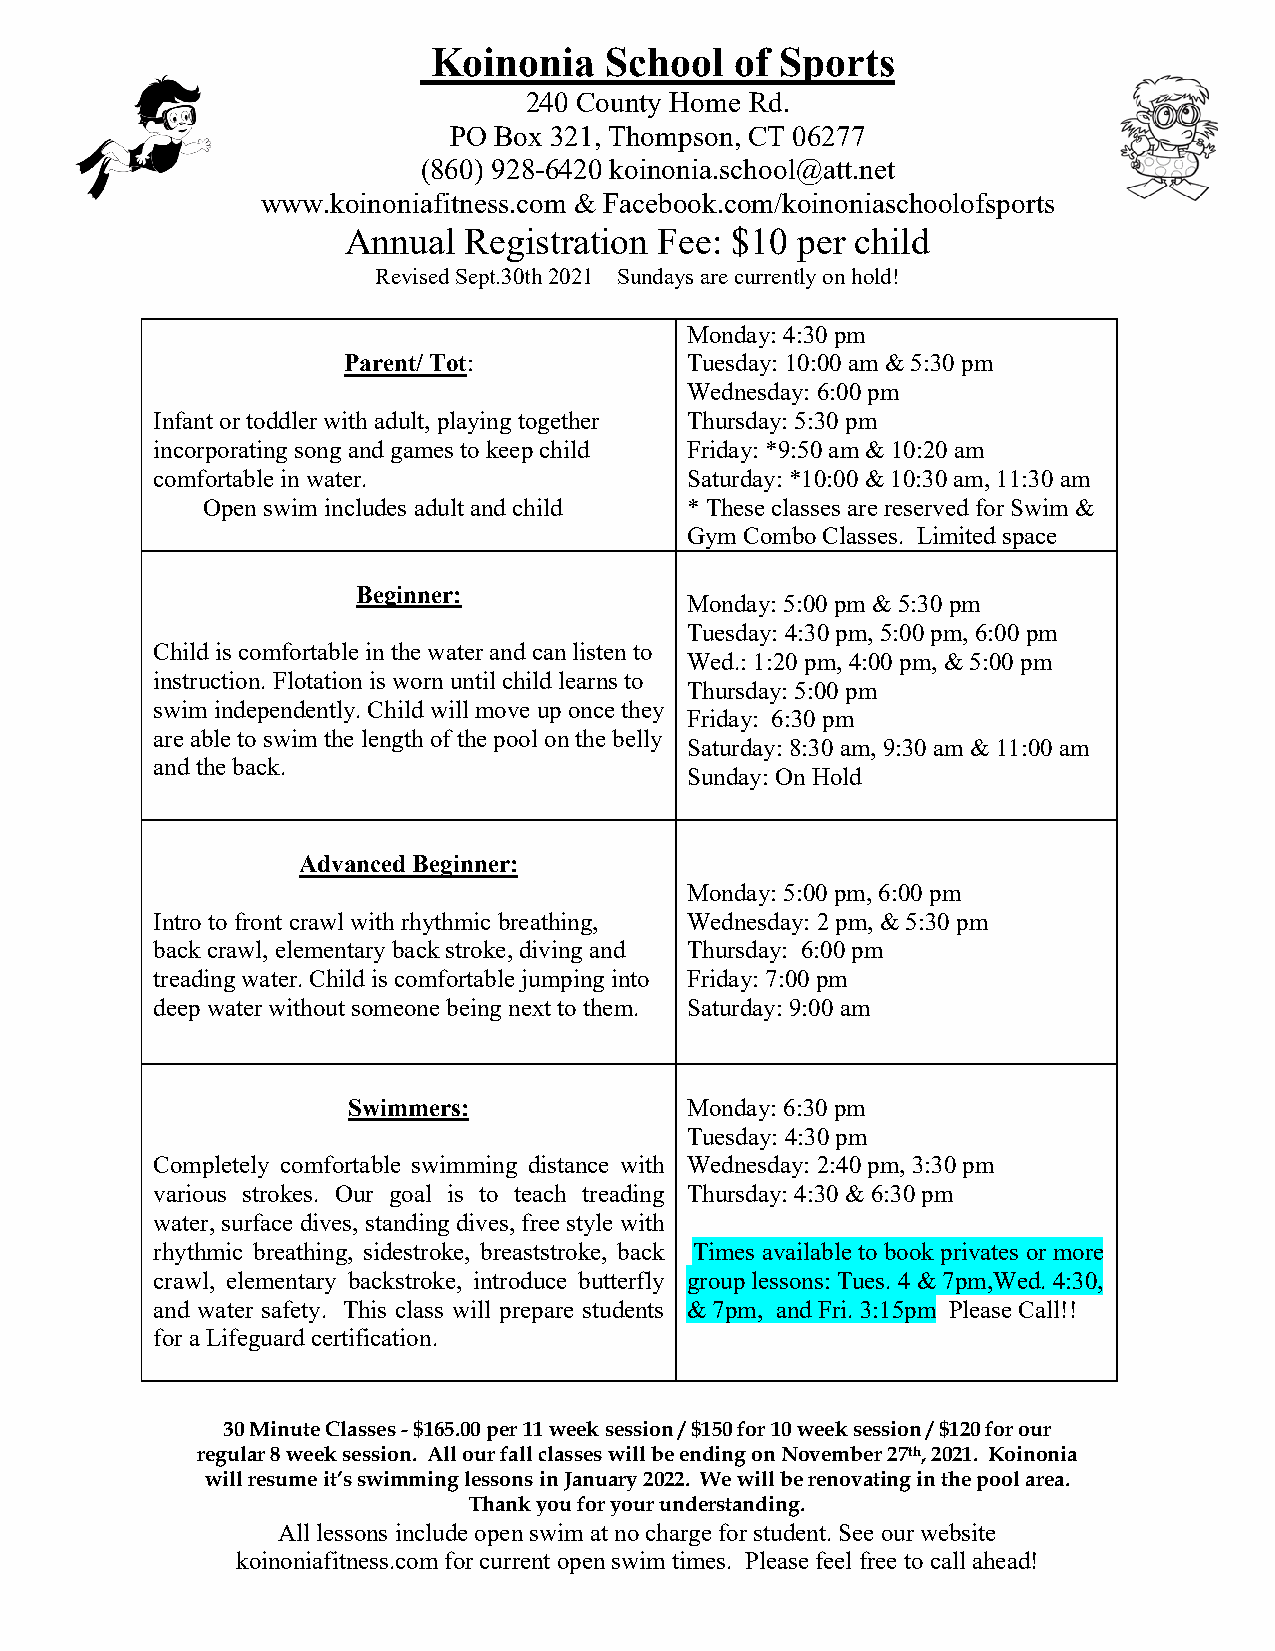
Koinonia   School   of Sports
 240 County Home Rd.
 PO Box 321, Thompson, CT 06277
 (860) 928-6420 koinonia.school@att.net
 www.koinoniafitness.com & Facebook.com/koinoniaschoolofsports
 Annual  Registration Fee: $10 per child
 Revised Sept.30th 2021 Sundays are currently on hold!
 Monday: 4:30 pm
 Parent/ Tot:          Tuesday: 10:00 am & 5:30 pm
 Wednesday: 6:00 pm
 Infant or toddler with adult, playing together Thursday: 5:30 pm
 incorporating song and games to keep child Friday: *9:50 am & 10:20 am
 comfortable in water.              Saturday: *10:00 & 10:30 am, 11:30 am
 Open swim includes adult and child * These classes are reserved for Swim &
 Gym Combo Classes. Limited space
 Beginner:
 Monday: 5:00 pm & 5:30 pm
 Tuesday: 4:30 pm, 5:00 pm, 6:00 pm
 Child is comfortable in the water and can listen to
 Wed.: 1:20 pm, 4:00 pm, & 5:00 pm
 instruction. Flotation is worn until child learns to
 Thursday: 5:00 pm
 swim independently. Child will move up once they
 Friday: 6:30 pm
 are able to swim the length of the pool on the belly
 Saturday: 8:30 am, 9:30 am & 11:00 am
 and the back.
 Sunday: On Hold
 Advanced Beginner:
 Monday: 5:00 pm, 6:00 pm
 Intro to front crawl with rhythmic breathing, Wednesday: 2 pm, & 5:30 pm
 back crawl, elementary back stroke, diving and Thursday: 6:00 pm
 treading water. Child is comfortable jumping into Friday: 7:00 pm
 deep water without someone being next to them. Saturday: 9:00 am
 Swimmers:             Monday: 6:30 pm
 Tuesday: 4:30 pm
 Completely comfortable swimming distance with Wednesday: 2:40 pm, 3:30 pm
 various strokes. Our goal is to teach treading Thursday: 4:30 & 6:30 pm
 water, surface dives, standing dives, free style with
 rhythmic breathing, sidestroke, breaststroke, back Times available to book privates or more
 crawl, elementary backstroke, introduce butterfly group lessons: Tues. 4 & 7pm,Wed. 4:30,
 and water safety. This class will prepare students & 7pm, and Fri. 3:15pm Please Call!!
 for a Lifeguard certification.
 30 Minute Classes - $165.00 per 11 week session / $150 for 10 week session / $120 for our
 regular 8 week session. All our fall classes will be ending on November 27th, 2021. Koinonia
 will resume it’s swimming lessons in January 2022. We will be renovating in the pool area.
 Thank you for your understanding.
 All lessons include open swim at no charge for student. See our website
 koinoniafitness.com for current open swim times. Please feel free to call ahead!